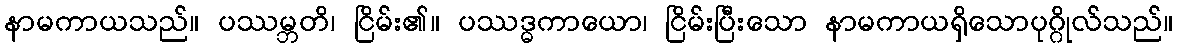
နာမကာယသည်။ ပဿမ္ဘတိ၊ ငြိမ်း၏။ ပဿဒ္ဓကာယော၊ ငြိမ်းပြီးသော နာမကာယရှိသောပုဂ္ဂိုလ်သည်။